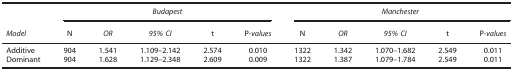
|  | <COLSPAN=5> Budapest | <COLSPAN=5> Manchester |
 | Model | N | OR | 95% CI | t | P-values | N | OR | 95% CI | t | P-values |
 | --- | --- | --- | --- | --- | --- | --- | --- | --- | --- | --- |
 | Additive | 904 | 1.541 | 1.109–2.142 | 2.574 | 0.010 | 1322 | 1.342 | 1.070–1.682 | 2.549 | 0.011 |
 | Dominant | 904 | 1.628 | 1.129–2.348 | 2.609 | 0.009 | 1322 | 1.387 | 1.079–1.784 | 2.549 | 0.011 |